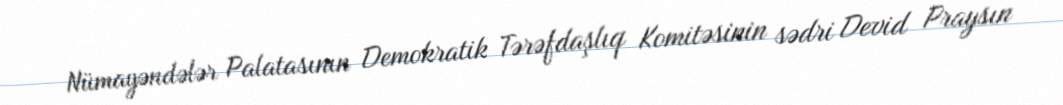
Nümayəndələr Palatasının Demokratik Tərəfdaşlıq Komitəsinin sədri Devid Praysın